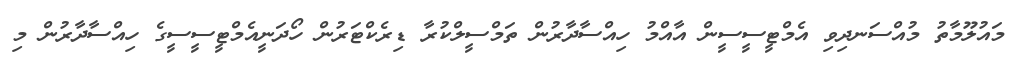
މައުލޫމާތު މުއްސަނދިވި އެމްޓީސީސީން އާއްމު ހިއްސާދާރުން ތަމްސީލްކުރާ ޑިރެކްޓަރުން ހޯދަނީއެމްޓީސީސީގެ ހިއްސާދާރުން މި